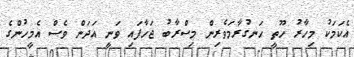
އެކަމަކު މިހާރު ހޫތީ ހަނގުރާމަވެރިން މިސްރާބު ޖަހާފައި ވަނީ އަދަން ވެސް އެމީހުންގެ